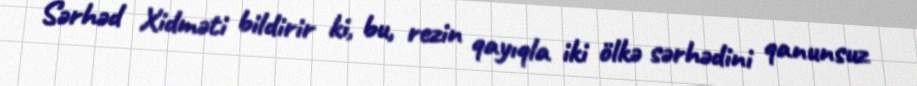
Sərhəd Xidməti bildirir ki, bu, rezin qayıqla iki ölkə sərhədini qanunsuz